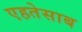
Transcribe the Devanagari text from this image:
एहतेसाब